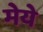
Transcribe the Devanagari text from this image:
मेये